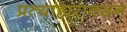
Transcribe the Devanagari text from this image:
प्रत्याहारावरून